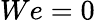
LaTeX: We=0